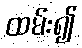
ထမ်း၍